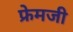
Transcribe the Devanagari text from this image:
फ्रेमजी